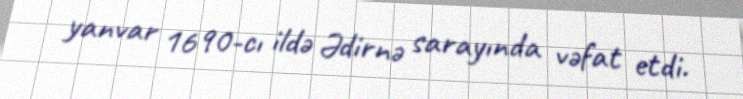
yanvar 1690-cı ildə Ədirnə sarayında vəfat etdi.